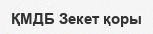
ҚМДБ Зекет қоры